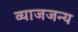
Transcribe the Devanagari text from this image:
व्याजजन्य